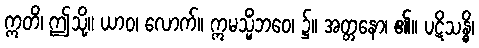
ဣတိ၊ ဤသို့။ ယာဝ၊ လောက်။ ဣမသ္မိံဘဝေ၊ ၌။ အတ္တနော၊ ၏။ ပဋိသန္ဓိ၊